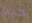
حبنا